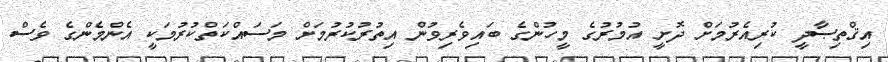
އިޤްތިޞާދީ ކުރިއެރުމަށް ދޮށީ އުމުރުގެ މީހުންގެ ބައިވެރިވުން އިތުރުކުރުމަށް މަސައްކަތްކުރުމަކީ އެންމެންގެ ވެސް